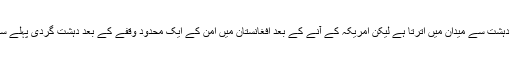
امریکہ دہشت گردی کے خلاف جنگ کے عنوان سے پوری دہشت سے میدان میں اترتا ہے لیکن امریکہ کے آنے کے بعد افغانستان میں امن کے ایک محدود وقفے کے بعد دہشت گردی پہلے سے زیادہ زور کے ساتھ بال و پر پھیلانا شروع کر دیتی ہے۔